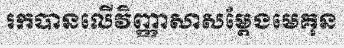
រកបានលើវិញ្ញាសាសម្តែងមេគុន